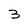
Character: 3